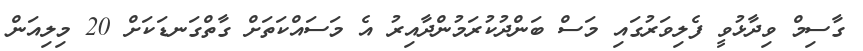
ގާސިމް ވިދާޅުވީ ފެލިވަރުގައި މަސް ބަންދުކުރަމުންދާއިރު އެ މަސައްކަތަށް ގާތްގަނޑަކަށް 20 މިލިއަން